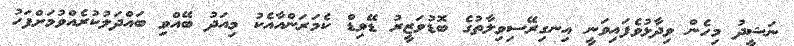
ނަޝީދު މިހެން ވިދާޅުވެފައިވަނީ އިނގިރޭސިވިލާތުގެ ބޮޑުވަޒީރު ޑޭވިޑް ކެމަރަންއާއެކު މިއަދު ބޭއްވި ބައްދަލުކުރެއްވުމަށްފަހު